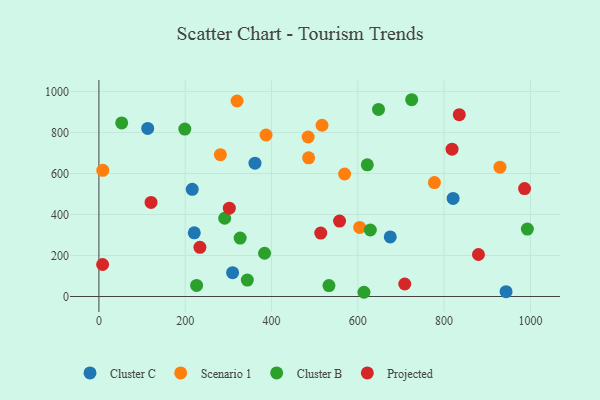
{"axis": {"x": "Experience", "y": "Rating"}, "legend": ["Cluster B", "Cluster C", "Projected", "Scenario 1"], "data": [{"x": "216.3", "y": 522.6, "type": "Cluster C"}, {"x": "943.6", "y": 23.3, "type": "Cluster C"}, {"x": "361.7", "y": 650.5, "type": "Cluster C"}, {"x": "113.1", "y": 820.1, "type": "Cluster C"}, {"x": "309.8", "y": 116.2, "type": "Cluster C"}, {"x": "675.2", "y": 290.5, "type": "Cluster C"}, {"x": "820.9", "y": 478.4, "type": "Cluster C"}, {"x": "221.0", "y": 310.5, "type": "Cluster C"}, {"x": "9.0", "y": 615.5, "type": "Scenario 1"}, {"x": "569.4", "y": 597.6, "type": "Scenario 1"}, {"x": "281.5", "y": 692.0, "type": "Scenario 1"}, {"x": "387.4", "y": 787.8, "type": "Scenario 1"}, {"x": "486.0", "y": 676.4, "type": "Scenario 1"}, {"x": "777.6", "y": 555.7, "type": "Scenario 1"}, {"x": "517.1", "y": 835.3, "type": "Scenario 1"}, {"x": "484.9", "y": 778.0, "type": "Scenario 1"}, {"x": "320.2", "y": 953.6, "type": "Scenario 1"}, {"x": "604.4", "y": 336.8, "type": "Scenario 1"}, {"x": "929.5", "y": 630.8, "type": "Scenario 1"}, {"x": "52.8", "y": 846.6, "type": "Cluster B"}, {"x": "291.5", "y": 381.7, "type": "Cluster B"}, {"x": "629.0", "y": 324.4, "type": "Cluster B"}, {"x": "614.3", "y": 20.6, "type": "Cluster B"}, {"x": "622.0", "y": 642.5, "type": "Cluster B"}, {"x": "533.1", "y": 53.3, "type": "Cluster B"}, {"x": "724.9", "y": 959.9, "type": "Cluster B"}, {"x": "226.4", "y": 54.1, "type": "Cluster B"}, {"x": "993.0", "y": 328.8, "type": "Cluster B"}, {"x": "648.0", "y": 912.5, "type": "Cluster B"}, {"x": "199.1", "y": 816.9, "type": "Cluster B"}, {"x": "327.3", "y": 285.0, "type": "Cluster B"}, {"x": "383.9", "y": 210.9, "type": "Cluster B"}, {"x": "344.0", "y": 80.2, "type": "Cluster B"}, {"x": "120.8", "y": 458.7, "type": "Projected"}, {"x": "835.2", "y": 886.9, "type": "Projected"}, {"x": "302.2", "y": 431.1, "type": "Projected"}, {"x": "708.8", "y": 61.0, "type": "Projected"}, {"x": "557.7", "y": 367.9, "type": "Projected"}, {"x": "986.5", "y": 526.5, "type": "Projected"}, {"x": "8.6", "y": 156.2, "type": "Projected"}, {"x": "818.4", "y": 718.8, "type": "Projected"}, {"x": "234.1", "y": 239.9, "type": "Projected"}, {"x": "879.6", "y": 204.9, "type": "Projected"}, {"x": "514.1", "y": 309.5, "type": "Projected"}]}